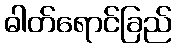
ဓါတ်ရောင်ခြည်